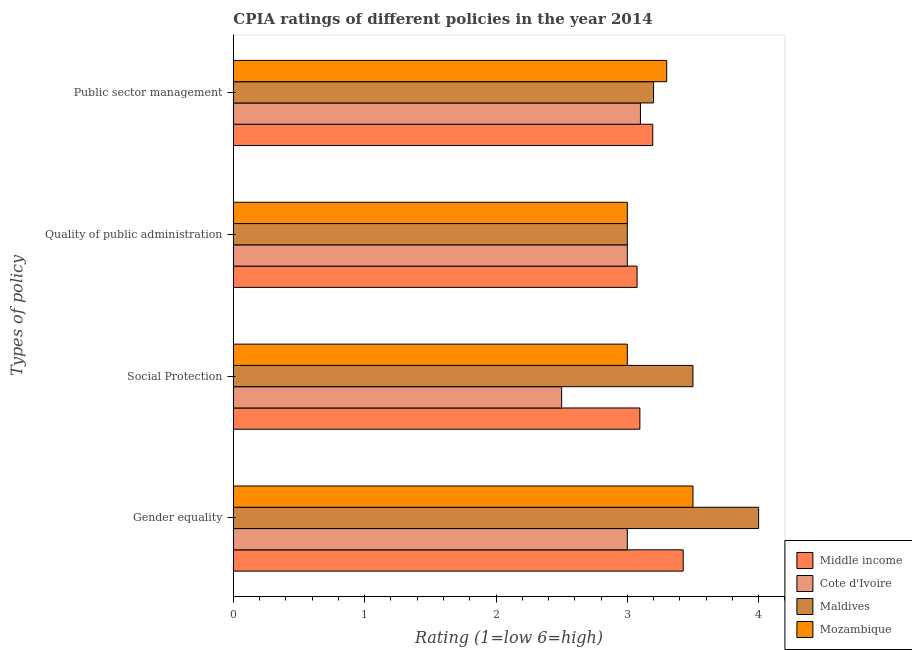
| Types of policy | Middle income | Cote d'Ivoire | Maldives | Mozambique |
 | --- | --- | --- | --- | --- |
 | Gender equality | 3.43 | 3 | 4 | 3.5 |
 | Social Protection | 3.1 | 2.5 | 3.5 | 3 |
 | Quality of public administration | 3.07 | 3 | 3 | 3 |
 | Public sector management | 3.19 | 3.1 | 3.2 | 3.3 |